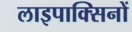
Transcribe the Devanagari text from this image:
लाइपाक्सिनों